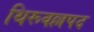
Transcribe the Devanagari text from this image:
थिरूवल्लपद